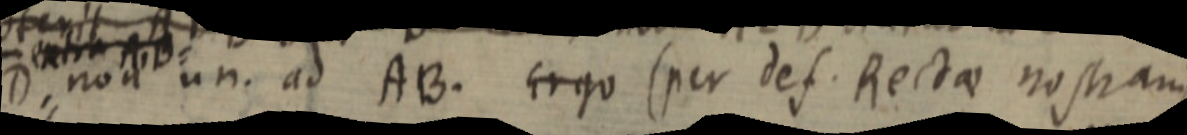
D non un. ad AB. Ergo (per def. Rectae nostram)